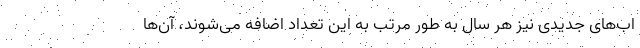
اب‌های جدیدی نیز هر سال به طور مرتب به این تعداد اضافه می‌شوند، آن‌ها